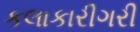
કલાકારીગરી